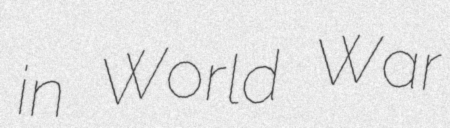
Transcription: in World War